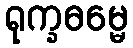
ရုက္ခဓမ္မေ